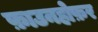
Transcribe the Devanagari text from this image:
फ़ाउनहोफ़र